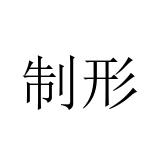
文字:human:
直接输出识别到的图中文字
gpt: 制形